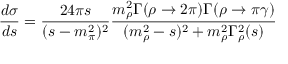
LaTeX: \frac { d \sigma } { d s } = \frac { 2 4 \pi s } { ( s - m _ { \pi } ^ { 2 } ) ^ { 2 } } \frac { m _ { \rho } ^ { 2 } \Gamma ( \rho \to 2 \pi ) \Gamma ( \rho \to \pi \gamma ) } { ( m _ { \rho } ^ { 2 } - s ) ^ { 2 } + m _ { \rho } ^ { 2 } \Gamma _ { \rho } ^ { 2 } ( s ) }